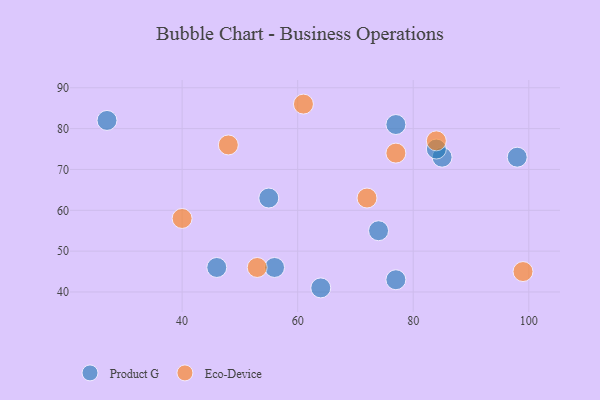
{"axis": {"x": "GDP", "y": "Life Expectancy"}, "legend": ["Eco-Device", "Product G"], "data": [{"x": "56", "y": 46, "type": "Product G"}, {"x": "27", "y": 82, "type": "Product G"}, {"x": "46", "y": 46, "type": "Product G"}, {"x": "98", "y": 73, "type": "Product G"}, {"x": "77", "y": 81, "type": "Product G"}, {"x": "85", "y": 73, "type": "Product G"}, {"x": "77", "y": 43, "type": "Product G"}, {"x": "84", "y": 75, "type": "Product G"}, {"x": "74", "y": 55, "type": "Product G"}, {"x": "55", "y": 63, "type": "Product G"}, {"x": "64", "y": 41, "type": "Product G"}, {"x": "40", "y": 58, "type": "Eco-Device"}, {"x": "77", "y": 74, "type": "Eco-Device"}, {"x": "72", "y": 63, "type": "Eco-Device"}, {"x": "61", "y": 86, "type": "Eco-Device"}, {"x": "53", "y": 46, "type": "Eco-Device"}, {"x": "84", "y": 77, "type": "Eco-Device"}, {"x": "48", "y": 76, "type": "Eco-Device"}, {"x": "99", "y": 45, "type": "Eco-Device"}]}